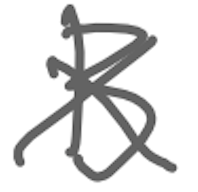
Text: B
Cross-out: cross
Writing tool: digital_gray